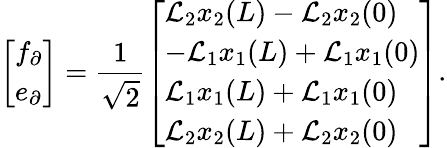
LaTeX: \left[\begin{array}{l}{f_{\partial}}\\ {e_{\partial}}\end{array}\right]=\frac{1}{\sqrt{2}}\left[\begin{array}{l}{\mathcal{L}_{2}x_{2}(L)-\mathcal{L}_{2}x_{2}(0)}\\ {-\mathcal{L}_{1}x_{1}(L)+\mathcal{L}_{1}x_{1}(0)}\\ {\mathcal{L}_{1}x_{1}(L)+\mathcal{L}_{1}x_{1}(0)}\\ {\mathcal{L}_{2}x_{2}(L)+\mathcal{L}_{2}x_{2}(0)}\end{array}\right].